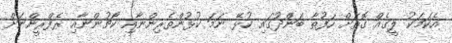
އެކަމަކު ލީގެއް ގޮތަށް ހަފުތާ ބަންދުގައި ކުޅޭ ނަމަ ކުޅުންތެރިންނާއި ކޯޗުންނާއި ރެފްރީންނަށް